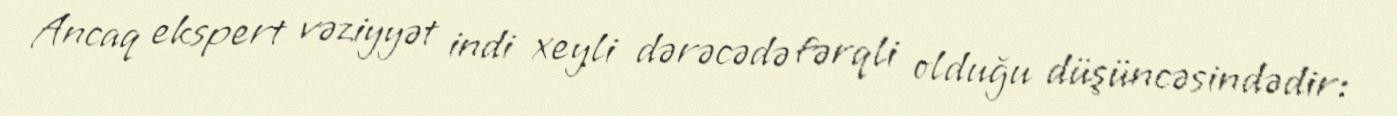
Ancaq ekspert vəziyyət indi xeyli dərəcədə fərqli olduğu düşüncəsindədir: